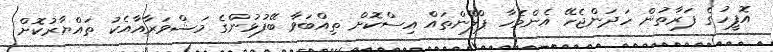
އޮފީހުގެ ފަރާތުން ހަދަންޖެހޭ އެންމެހާ ޕްލޭންތައް އިސްކޮށް ތިއްބަވާ ބޭފުޅުންގެ މަޝްވަރާއާއެކު ތައްޔާރުކޮށް